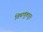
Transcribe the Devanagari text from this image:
विषाणूंकडून